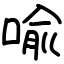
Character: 喩